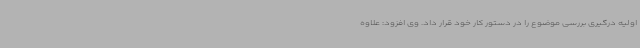
اولیه درگیری بررسی موضوع را در دستور کار خود قرار داد. وی افزود: علاوه